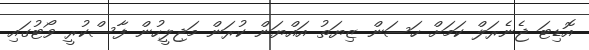
އޮޑިޓަ ޖެނެރަލް ކަމަށް ހަސަން ޒިޔަތު އައްޔަން ކުރަން މަޖިލީހުން ފާސްކުރީ ވޯޓުގައި